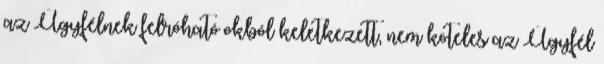
az Ügyfélnek felróható okból keletkezett, nem köteles az Ügyfél